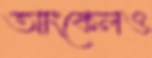
আংকেলও